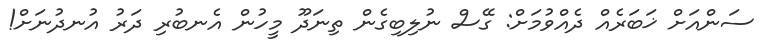
ސަންއަށް ޚަބަރެއް ދެއްވުމަށް: ގޭސް ނުލިބިގެން ތިނަދޫ މީހުން އެނބުރި ދަރު އުނދުނަށް!